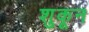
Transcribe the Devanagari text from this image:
शुकून